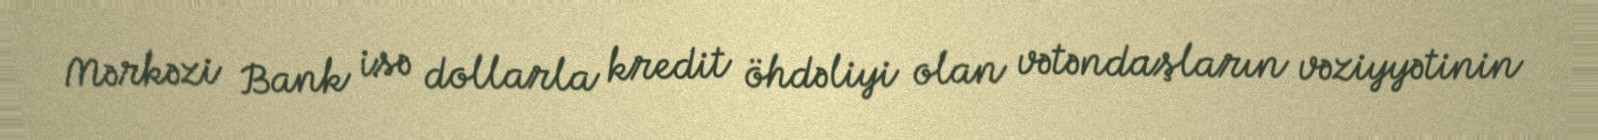
Mərkəzi Bank isə dollarla kredit öhdəliyi olan vətəndaşların vəziyyətinin